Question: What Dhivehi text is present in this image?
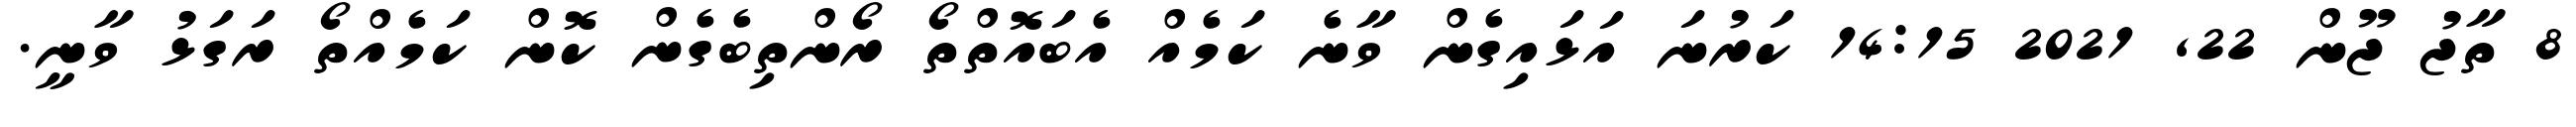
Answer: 8 ތާޖު ޖޫން 22, 2021 14:15 ކަރުނަ އަޅައިގެން ވާނެ ކަމެއް އެބައޮތްތޯ ރޯންތިބެގެން ކޮން ކަމެއްތޯ ރަގަޅު ވާނީ.